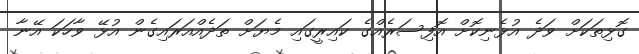
ގޮޅިތަކަށް ވަދެ އުޅެނިކޮށް އޮފިސަރެއްގެ ކައިރީގައި މެޔަށް ތަދެއްއަރައިގެން އުޅޭ ވާހަކަ އޭނާ